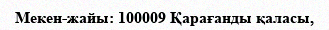
Мекен-жайы: 100009 Қарағанды қаласы,